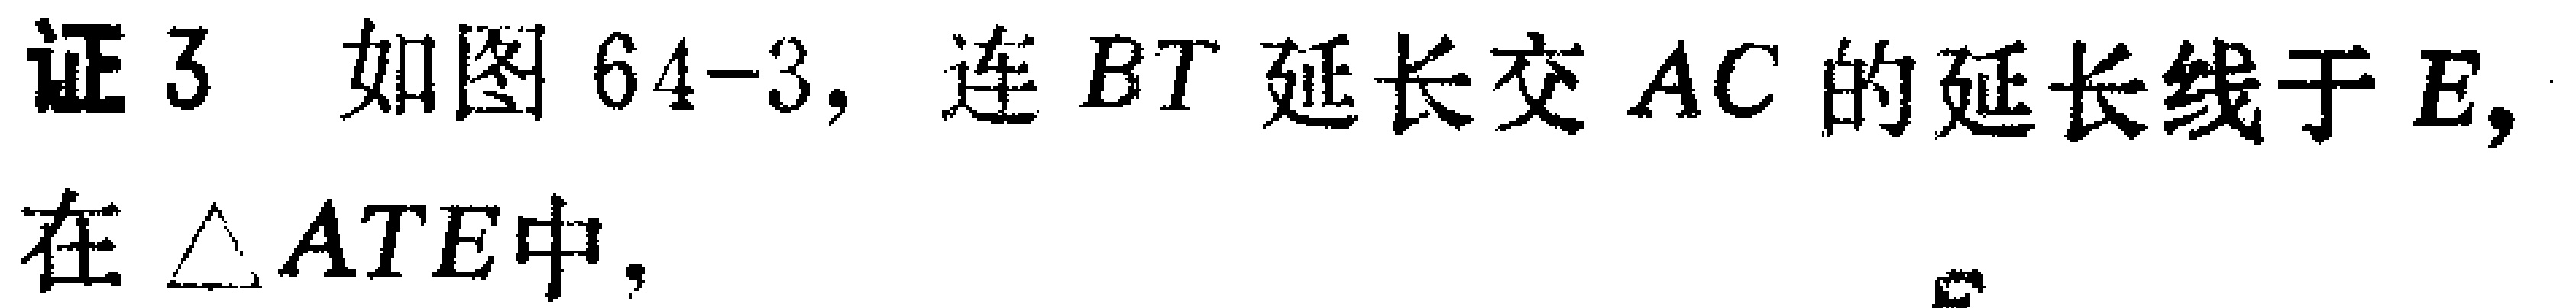
证 3 如图 64-3, 连 \(BT\) 延长交 \(AC\) 的延长线于 \(E,\) 在 \(\triangle ATE\) 中,